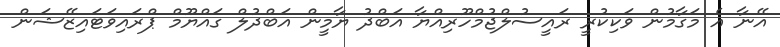
އޭނާ އެ މަގާމުން ވަކިކުރީ ރައީސުލްޖުމްހޫރިއްޔާ އަބްދު ޔާމީން އަބްދުލް ގައްޔޫމް ޕްރައިވަޓައިޒޭޝަން